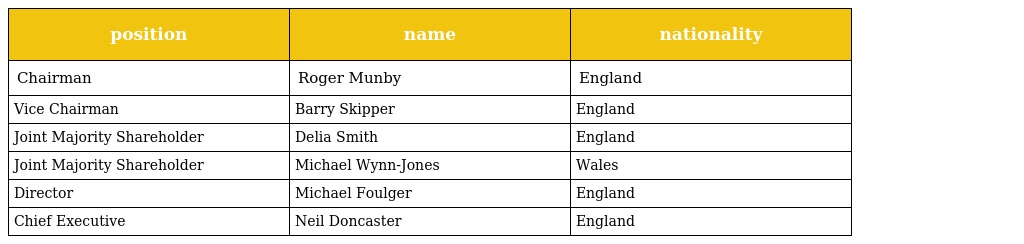
| position | name | nationality |
 | --- | --- | --- |
 | Chairman | Roger Munby | England |
 | Vice Chairman | Barry Skipper | England |
 | Joint Majority Shareholder | Delia Smith | England |
 | Joint Majority Shareholder | Michael Wynn-Jones | Wales |
 | Director | Michael Foulger | England |
 | Chief Executive | Neil Doncaster | England |